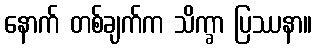
နောက် တစ်ချက်က သိက္ခာ ပြဿနာ။